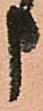
申